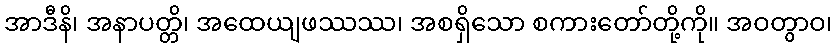
အာဒီနိ၊ အနာပတ္တိ၊ အထေယျဖဿဿ၊ အစရှိသော စကားတော်တို့ကို။ အဝတွာဝ၊